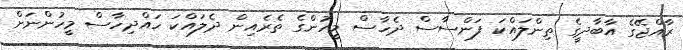
ރާއްޖޭގެ އާބާދީގެ ތިންލައްކަ ފަންސާސް ދެހާސް މީހުންގެ ތެރެއިން ދެލައްކަ ހައްދިހާސް މީހުންނަށް